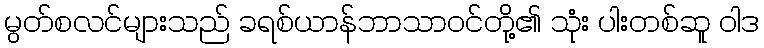
မွတ်စလင်များသည် ခရစ်ယာန်ဘာသာဝင်တို့၏ သုံး ပါးတစ်ဆူ ဝါဒ